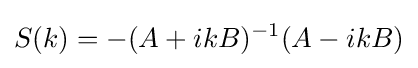
S(k)=-(A+ikB)^{-1}(A-ikB)